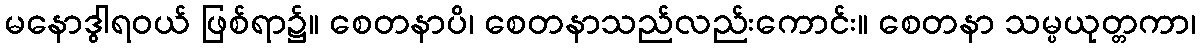
မနောဒွါရဝယ် ဖြစ်ရာ၌။ စေတနာပိ၊ စေတနာသည်လည်းကောင်း။ စေတနာ သမ္ပယုတ္တကာ၊